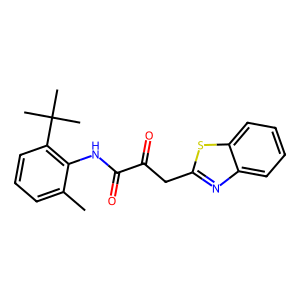
SMILES: Cc1cccc(C(C)(C)C)c1NC(=O)C(=O)Cc1nc2ccccc2s1
Inhibits HIV replication: No